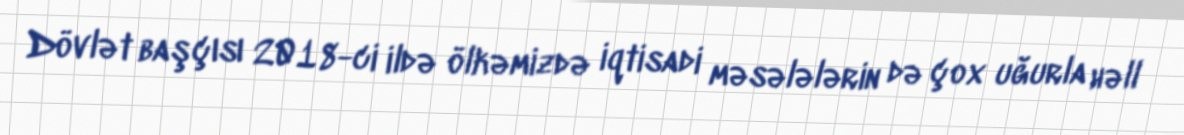
Dövlət başçısı 2018-ci ildə ölkəmizdə iqtisadi məsələlərin də çox uğurla həll